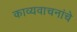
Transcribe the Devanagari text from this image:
काव्यवाचनांचे